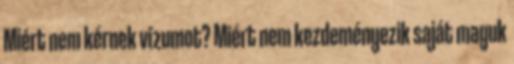
Miért nem kérnek vízumot? Miért nem kezdeményezik saját maguk